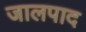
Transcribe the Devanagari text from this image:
जालपाद